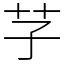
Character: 芓